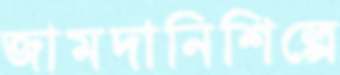
জামদানিশিল্পে